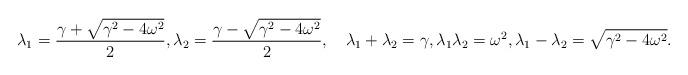
LaTeX: \begin{align*}\lambda_{1}=\frac{\gamma+\sqrt{\gamma^2-4\omega^2}}{2},\lambda_{2}=\frac{\gamma-\sqrt{\gamma^2-4\omega^2}}{2},\quad\lambda_1+\lambda_2=\gamma,\lambda_1\lambda_2=\omega^2,\lambda_1-\lambda_2=\sqrt{\gamma^2-4\omega^2}.\end{align*}